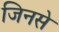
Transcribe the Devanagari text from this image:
जिनसे